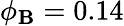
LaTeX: \phi_{\mathbf{B}}=0.14